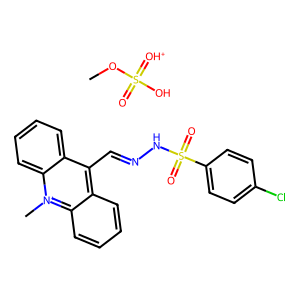
SMILES: COS(=O)(O)=[OH+].C[n+]1c2ccccc2c(C=NNS(=O)(=O)c2ccc(Cl)cc2)c2ccccc21
Inhibits HIV replication: No